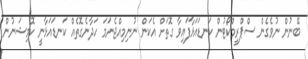
ބޭނުން ނުވެގެން ސްޕްރީމްކޯޓުން ކަނޑައަޅާފައިވާ ގޮތަށް އެކަން ނުނިމިއްޖެނަމަ ހަދާނެގޮތެއް ކަނޑައަޅާނީ ކޮމިޝަނުން